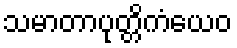
သမာတာပုတ္တိကံယေဝ